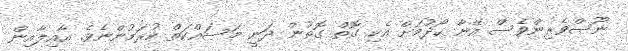
ނޫސްވެރިންވެސް އޭނާ ހޯދުމަށް އެކި ގޮތް ގޮތުން ދަނީ މަސައްކަތް ކުރަމުންނެވެ. އާއިލާއިން